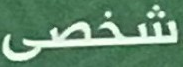
شخصى